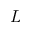
\cal { L }